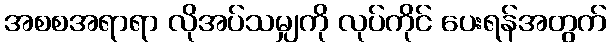
အစစအရာရာ လိုအပ်သမျှကို လုပ်ကိုင် ပေးရန်အတွက်